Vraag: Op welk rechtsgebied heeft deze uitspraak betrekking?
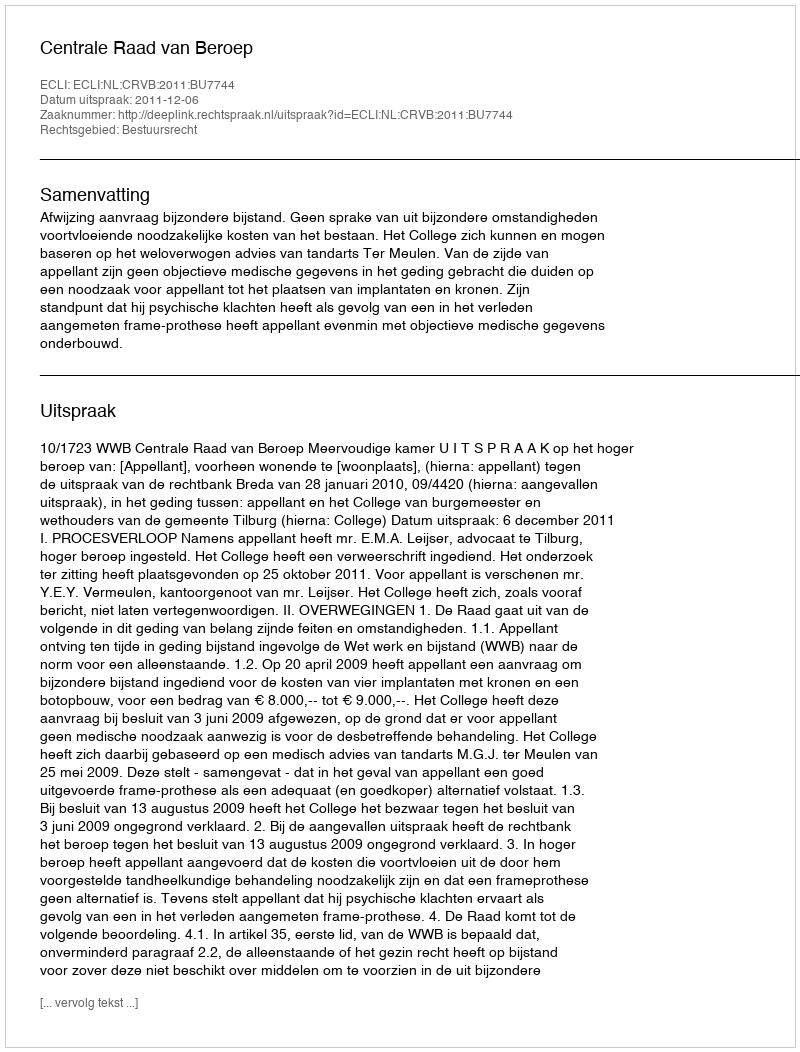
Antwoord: Bestuursrecht